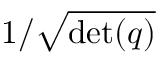
1 / { \sqrt { \operatorname* { d e t } ( q ) } }